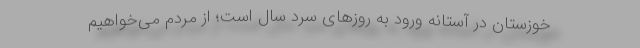
خوزستان در آستانه‌ ورود به روز‌های سرد سال است؛ از مردم می‌خواهیم